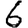
Digit: 6